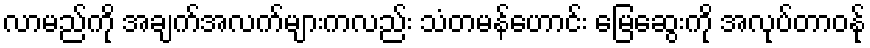
လာမည်ကို အချက်အလက်များကလည်း သံတမန်ဟောင်း မြေဆွေးကို အလုပ်တာဝန်ု